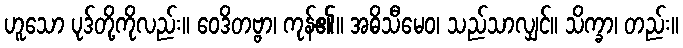
ဟူသော ပုဒ်တို့ကိုလည်း။ ဝေဒိတဗ္ဗာ၊ ကုန်၏။ အဓိသီမေဝ၊ သည်သာလျှင်။ သိက္ခာ၊ တည်း။